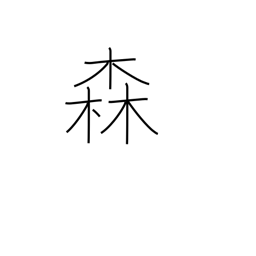
Meaning: woods